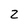
Character: Z